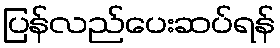
ပြန်လည်ပေးဆပ်ရန်